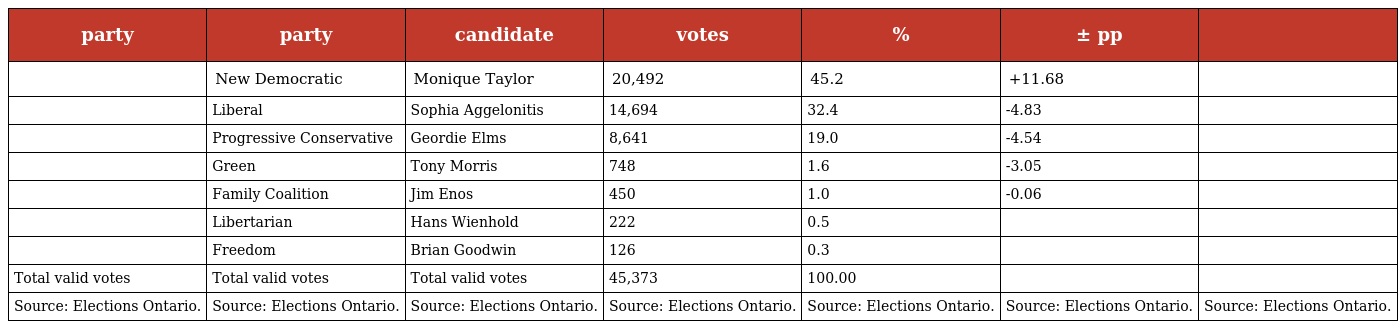
| party | party | candidate | votes | % | ± pp |  |
 | --- | --- | --- | --- | --- | --- | --- |
 |  | New Democratic | Monique Taylor | 20,492 | 45.2 | +11.68 |  |
 |  | Liberal | Sophia Aggelonitis | 14,694 | 32.4 | -4.83 |  |
 |  | Progressive Conservative | Geordie Elms | 8,641 | 19.0 | -4.54 |  |
 |  | Green | Tony Morris | 748 | 1.6 | -3.05 |  |
 |  | Family Coalition | Jim Enos | 450 | 1.0 | -0.06 |  |
 |  | Libertarian | Hans Wienhold | 222 | 0.5 |  |  |
 |  | Freedom | Brian Goodwin | 126 | 0.3 |  |  |
 | Total valid votes | Total valid votes | Total valid votes | 45,373 | 100.00 |  |  |
 | Source: Elections Ontario. | Source: Elections Ontario. | Source: Elections Ontario. | Source: Elections Ontario. | Source: Elections Ontario. | Source: Elections Ontario. | Source: Elections Ontario. |